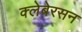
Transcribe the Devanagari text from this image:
क्लेबेरसन